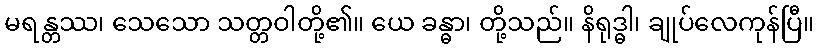
မရန္တဿ၊ သေသော သတ္တဝါတို့၏။ ယေ ခန္ဓာ၊ တို့သည်။ နိရုဒ္ဓါ၊ ချုပ်လေကုန်ပြီ။